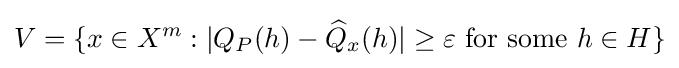
V=\{x\in X^{m}:|Q_{P}(h)-{\widehat {Q}}_{x}(h)|\geq \varepsilon {\text{ for some }}h\in H\}